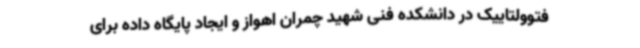
فتوولتاییک در دانشکده فنی شهید چمران اهواز و ایجاد پایگاه داده برای